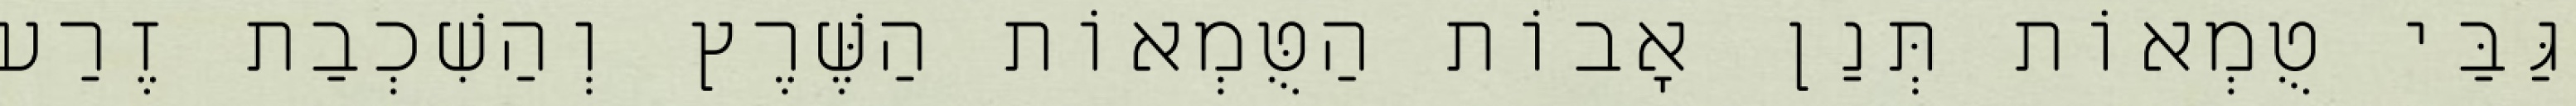
גַּבַּי טֻמְאוֹת תְּנַן אָבוֹת הַטֻּמְאוֹת הַשֶּׁרֶץ וְהַשִׁכְבַת זֶרַע